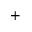
^ +